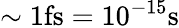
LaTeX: \sim 1\textrm{fs}=10^{-15}\textrm{s}